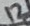
Text: 12